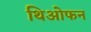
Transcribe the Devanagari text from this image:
थिओफन